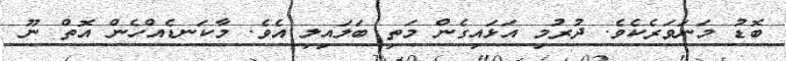
ބޮޑު މަނަވަރެކެވެ. ދުރުމި އަޅައިގެން މަތި ބަލައިލި އެވެ. މާކަނޑެއްހެން އޮތް ނޫ